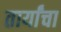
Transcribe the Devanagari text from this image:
तार्यांचा